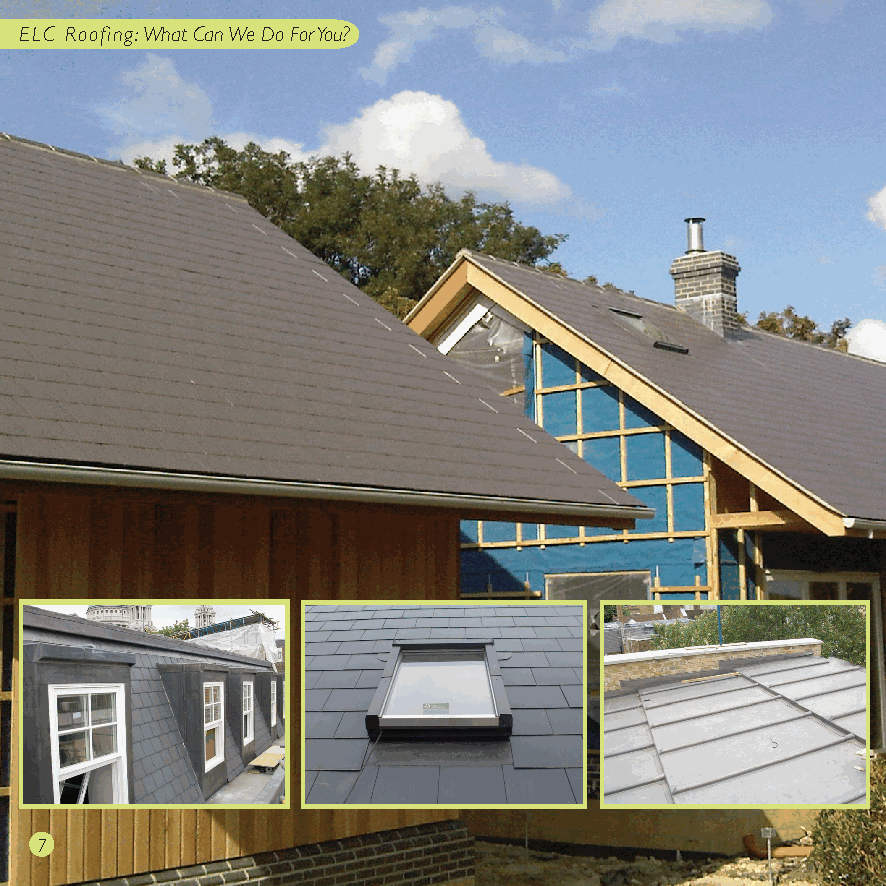
ELC Roofing: What Can We Do For You?
 At ELC Roofing we are passionate about our work and all
 What can we do for our work is carried out to the highest possible standard. We
 you?       guarantee a fast, friendly, efficient service at a competitive price.
 It is often impossible to give an exact quote on-line or over the
 phone due to the fact that buildings vary greatly in size or shape,
 but we are always more than happy to come out to the property,
 do a full survey and give you a quick estimate at no cost to you.
 When carrying out work to your home you can be sure every
 fine detail is taken care of including the erection of scaffolding and
 the disposal of materials.
 When carrying out work to a roof, ELC Roofing value the input
 and feedback from our clients to ensure your experience with us
 runs smoothly. We offer the highest level of craftmanship along
 with the finest materials in the industry. All workers at ELC
 Roofing are required to hold a valid CSCS (Construction Skills
 Certificate Scheme) card and public liability insurance. We are also
 more than happy to provide you with a method statement and/or
 risk assessment should you need it.
 ELC Roofing have a large number of very satisfied customers and
 have carried out repeat works to many clients. We are pleased
 to offer a guarantee on all roofs we do. We offer quotations and
 advice with no obligation.
 7                                                                                                               8